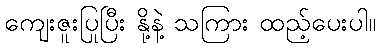
ကျေးဇူးပြုပြီး နို့နဲ့ သကြား ထည့်ပေးပါ။